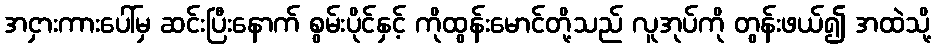
အငှားကားပေါ်မှ ဆင်းပြီးနောက် စွမ်းပိုင်နှင့် ကိုထွန်းမောင်တို့သည် လူအုပ်ကို တွန်းဖယ်၍ အထဲသို့